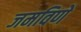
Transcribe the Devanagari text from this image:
जमविणे